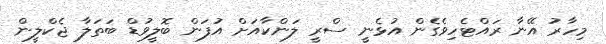
މިހާރު އޭނާ ރައްޓެހިވެގެން އުޅެނީ ސްރީ ލަންކާއަށް އުފަން ބޮލީވުޑް ބަތަލާ ޖެކްލީން